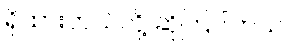
ရှိထားတယ်လို့ ဆိုကြပါတယ်။